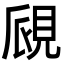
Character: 覛